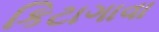
કિટાગાવા